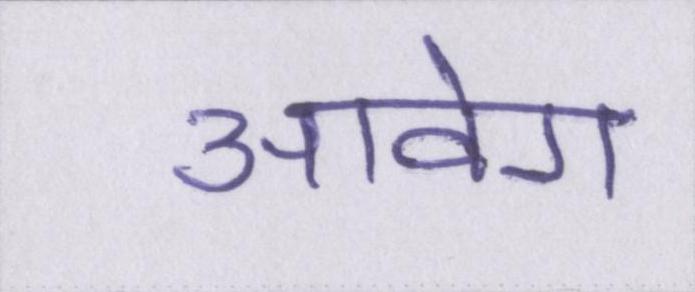
आवेग